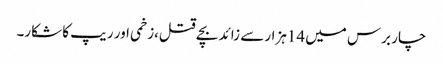
چار برس میں 14ہزار سے زائد بچے قتل،زخمی اور ریپ کا شکار۔